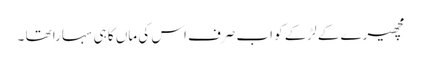
مچھیرے کے لڑکے کو اب صرف اس کی ماں کا ہی سہارا تھا ۔